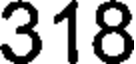
318